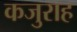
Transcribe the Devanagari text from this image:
कजुराह